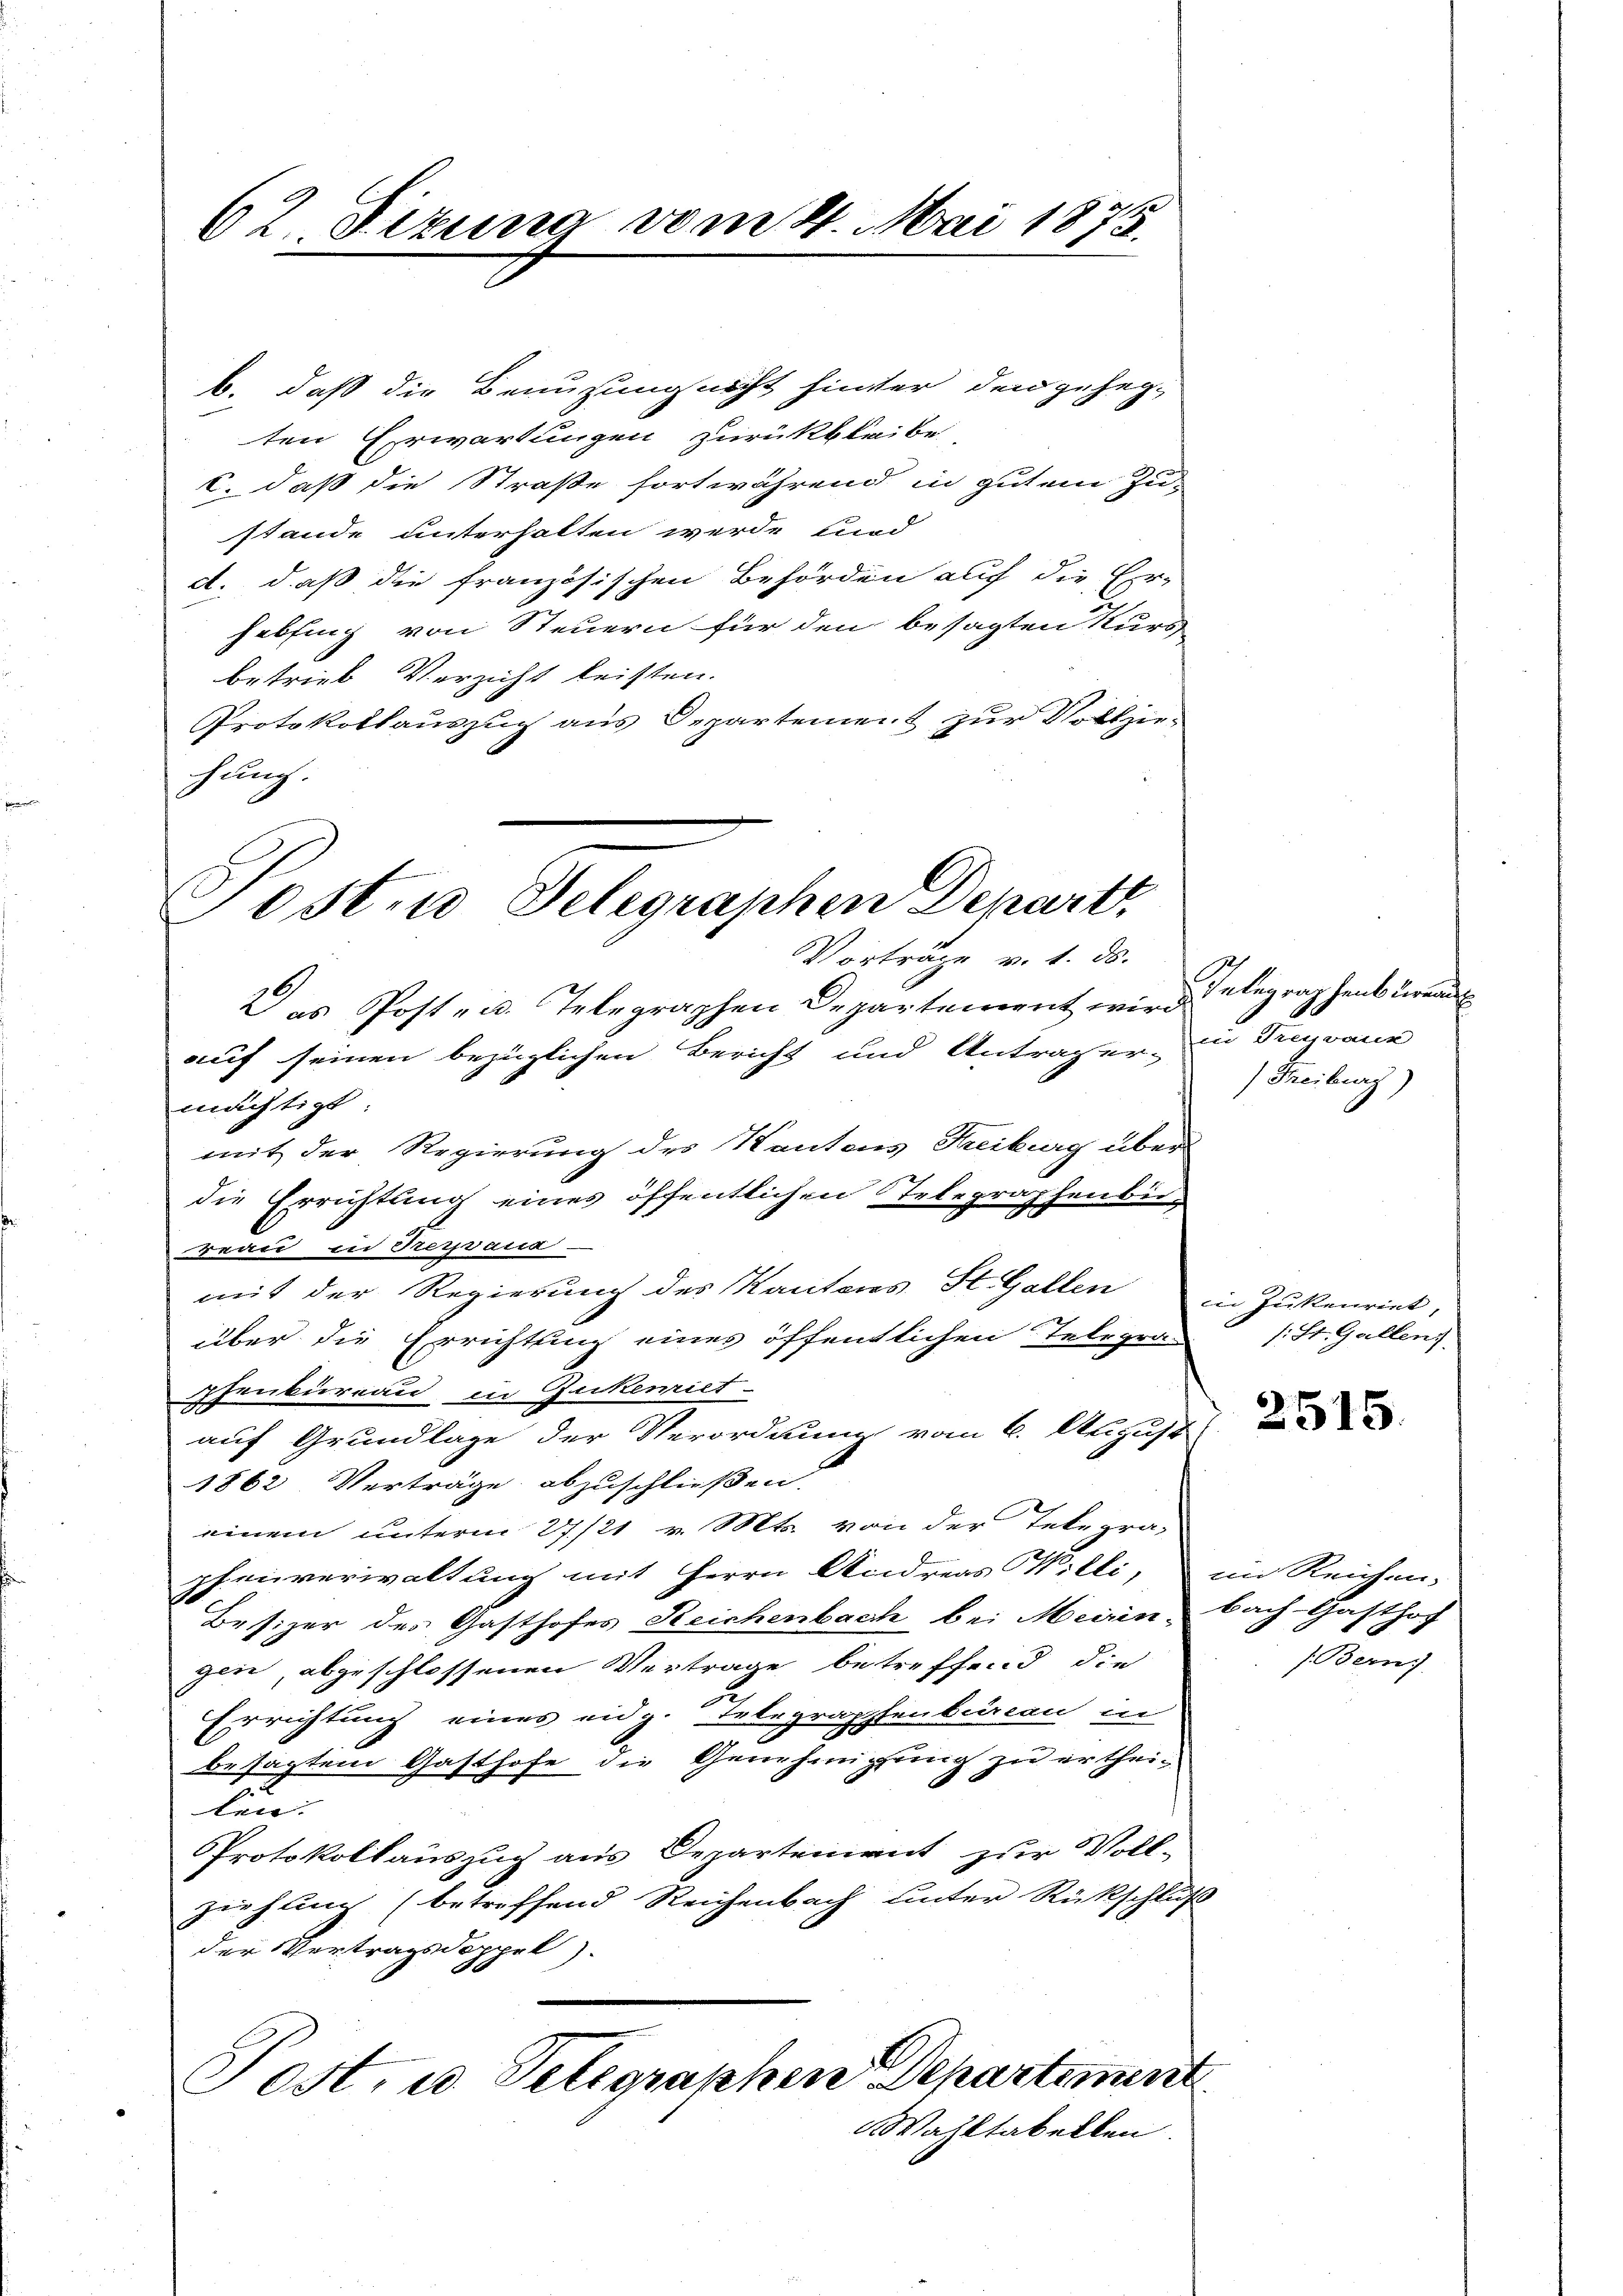
62. Dezung vom 4. Mai 1873.

b. daß die Benuzung nicht hinter den geheg-
ten Erwartungen zurückbleibe
C. daß die Straße fortwährend in gutem Zu-
stande unterhalten werde, sind
d. daß die französischen Behörden auf die Er-
hebsing von Steuern für den besagten Kurs-
betrieb Verzicht leisten.
Protokollauszug aus Departement zur Vollziehung.

Post- u Gelegraphen Depart
Vorträge v. 1. ds.

Das Post- u. Telegraphen Departement wird elegraphens derend
auf seinen bezüglichen Bericht und Antrager in Dreyvaur
mächtigt.
mit der Regierung des Kantons Freiburg über
die Errichtung eines öffentlichen Telegraphenburg
Frau in dreyvauk-
mit der Regierung des Kantons St. Gallen
über die Errichtung eines öffentlichen Telegra-
phenbureau in Zukemiet-
auf Grundlage der Verordnung vom 6. August
1862 Verträge abzuschließen.
einem unterm 27./21. v. Mts. von der Telepra-
phenverwaltung mit Herrn Andreas Willi, im Reichen-
Besizer des Gasthofes Reichenbach bei Meirin-
gen, abgeschlossenen Vertrage betreffend die
Errichtung eines eidg. Telegraphenbureau in
besagtem Gasthofe die Genehmigung zu erthei-
len.
Protokollauszug aus Departement zur Voll-
ziehung (betreffend Reichenbach unter Rückschluß
der Vertragsdoppel).
Post, u. Telegraphen Departement
Wahltabellen.

Freiburg)

in Jukenriet,
s: St. Gallen

2515.

bach Gasthof
/. Berns